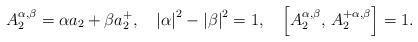
LaTeX: \begin{align*}A_{2}^{\alpha ,\beta }=\alpha a_{2}+\beta a_{2}^{+},\quad \left| \alpha\right| ^{2}-\left| \beta \right| ^{2}=1,\quad \left[ A_{2}^{\alpha ,\beta},\,A_{2}^{+\alpha ,\beta }\right] =1. \end{align*}